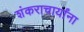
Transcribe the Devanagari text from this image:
शंकराचार्यांना